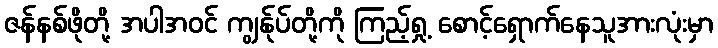
ဇန်နစ်ဖိုတို့ အပါအဝင် ကျွန်ုပ်တို့ကို ကြည့်ရှု့ စောင့်ရှောက်နေသူအားလုံးမှာ